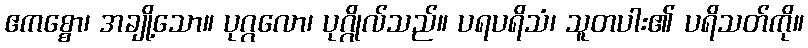
ဧကစ္စော၊ အချို့သော။ ပုဂ္ဂလော၊ ပုဂ္ဂိုလ်သည်။ ပရပရိသံ၊ သူတပါး၏ ပရိသတ်ကို။